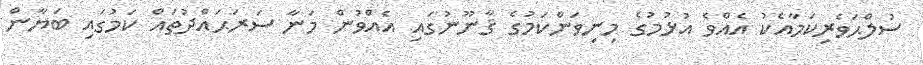
ސުލްޙަވެރިކަމާއެކު އެއްވެ އުޅުމުގެ މިނިވަންކަމުގެ ޤާނޫނުގައި އެއްވުން މަނާ ސަރަޙައްދުތައް ކަމުގައި ބަޔާން